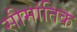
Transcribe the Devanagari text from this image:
सीमांतिक